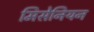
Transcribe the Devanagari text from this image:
मिसेनियन